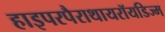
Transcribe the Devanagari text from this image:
हाइपरपैराथायरॉयडिज्म